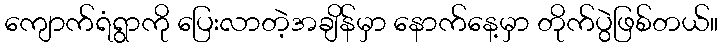
ကျောက်ရံရွာကို ပြေးလာတဲ့အချိန်မှာ နောက်နေ့မှာ တိုက်ပွဲဖြစ်တယ်။